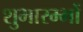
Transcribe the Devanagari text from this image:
शुभारम्भों